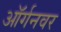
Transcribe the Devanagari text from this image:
ऑर्गनवर